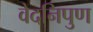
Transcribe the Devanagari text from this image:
वेदनिपुण